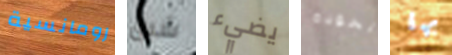
رومانسية شبق يضيء الخوذة بها